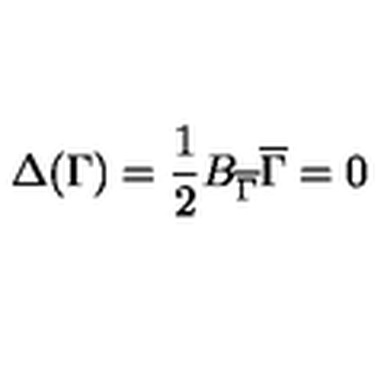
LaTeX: \Delta ( \Gamma ) = { \frac { 1 } { 2 } } B _ { \overline { \Gamma } } \overline { \Gamma } = 0